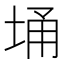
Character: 埇